Report on vaccination in Madras 1904-1921 - 1904-1921
Year: 1904
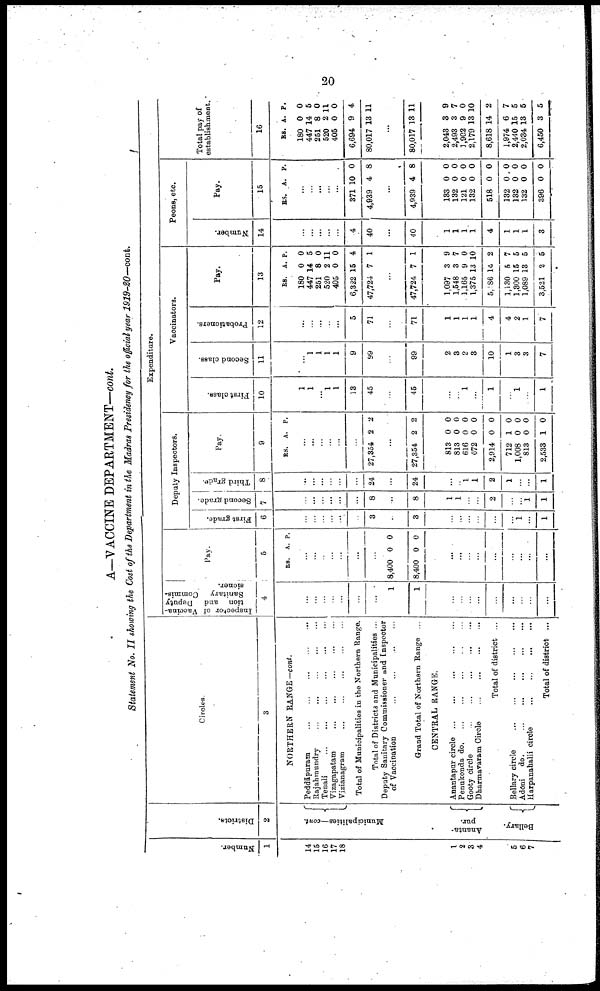
20
A—VACCINE DEPARTMENT—cont.
Statement No. II showing the Cost of the Department in the Madras Presidency for the official year 1919-20—cont.
Number.
1
14
15
16
17
18
1
2
3
4
5
6
7
Districts.
2
Municipalities—cont.
Ananta¬
pur.
Bellary.
Circles.
3
NORTHERN RANGE -cont.
Peddāpuram ... ... ... ... ...
Rajahmundry ... ... ... ... ...
Tenali
...
...
...
...
...
Vizagapatam
...
...
...
...
...
Vizianagram ... ... ... ... ...
Total of Municipalities in the Northern Range.
Total of Districts and Municipalities ...
Deputy Sanitary Commissioner and Inspector
of Vaccination
...
...
...
...
Grand Total of Northern Range ...
CENTRAL RANGE.
Anantapur circle ...
...
... ... ...
Penukonda do. ... ... ... ... ...
Gooty circle
...
...
...
...
...
Dharmavaram Circle
...
...
...
...
Total of district ...
Bellary circle ... ... ... ... ...
Adōni
do.
...
...
...
... ...
Harpanahalli circle
...
...
...
...
Total of district ...
Expenditure.
Inspector of Vaccina
tion and Deputy
Sanitary Commis
sioner.
4
...
...
...
...
...
...
...
1
1
...
...
...
...
...
...
...
...
...
Pay.
5
RS. A. P.
...
...
...
...
...
...
...
8,400
8,400
0
0
0
0
...
...
...
...
...
...
...
...
...
Deputy Inspectors.
First grade.
6
...
...
...
...
...
...
3
...
3
...
...
...
...
...
...
1
...
1
Second grade.
7
...
...
...
...
...
...
8
...
8
1
1
...
...
2
...
...
1
1
Third grade.
8
...
...
...
...
...
...
24
...
24
...
...
1
1
2
1
...
...
1
Pay.
9
RS. A. P.
...
...
...
...
...
...
27,354 2 2
...
27,354 2 2
813
813
616
672
2,914
712
1,008
813
2,533
0
0
0
0
0
1
0
0
1
0
0
0
0
0
0
0
0
0
Vaccinators.
First class.
10
1
1
...
1
1
13
45
...
45
...
...
1
...
1
...
1
...
1
Second class.
11
...
1
1
1
1
9
99
...
99
2
3
2
3
10
1
3
3
7
Probationers.
12
...
...
...
...
...
5
71
...
71
1
1
1
1
4
4
2
1
7
Pay.
13
RS.
180
447
251
520
405
6,322
47,724
A
0
14
8
2
0
15
7
P.
0
5
0
11
0
4
1
...
47,724 7 1
1,097
1,548
1,165
1,375
5,086
1,130
1,300
1,089
3,521
3
3
9
13
14
5
15
13
2
9
7
0
10
2
7
5
5
5
Peons, etc.
Number.
14
...
...
...
...
...
4
40
...
40
1
1
1
1
4
1
1
1
3
Pay.
15
RS. A. P.
...
...
...
...
...
371
4,939
10
4
0
8
...
4,939 4 8
133
132
121
182
518
132
132
132
396
0
0
0
0
0
0
0
0
0
0
0
0
0
0
0
0
0
0
Total pay of
establishment.
16
RS.
180
447
251
520
405
6,694
80,017
A.
0
14
8
2
0
9
13
P.
0
5
0
11
0
4
11
...
80,017 13 11
2,048
2,493
1,902
2,179
8,618
1,974
2,440
2,034
6,450
3
3
9
13
14
6
15
13
3
9
7
0
10
2
7
5
5
5